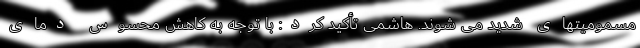
مسمومیتهای شدید می شوند. هاشمی تأکید کرد: با توجه به کاهش محسوس دمای